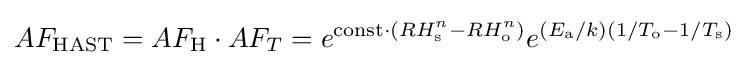
AF_{\text{HAST}}=AF_{\text{H}}\cdot AF_{T}=e^{{\text{const}}\cdot (RH_{\text{s}}^{n}-RH_{\text{o}}^{n})}e^{(E_{\text{a}}/k)(1/T_{\text{o}}-1/T_{\text{s}})}